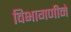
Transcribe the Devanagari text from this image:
विभागणीने